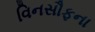
વિનસૌફના